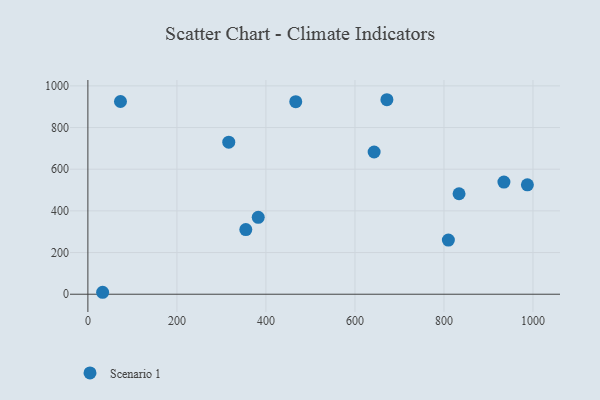
{"axis": {"x": "Study Hours", "y": "Demand"}, "legend": ["Scenario 1"], "data": [{"x": "934.7", "y": 538.1, "type": "Scenario 1"}, {"x": "73.2", "y": 924.9, "type": "Scenario 1"}, {"x": "643.1", "y": 682.6, "type": "Scenario 1"}, {"x": "809.9", "y": 259.9, "type": "Scenario 1"}, {"x": "354.8", "y": 310.5, "type": "Scenario 1"}, {"x": "33.1", "y": 9.4, "type": "Scenario 1"}, {"x": "833.9", "y": 482.3, "type": "Scenario 1"}, {"x": "382.7", "y": 369.1, "type": "Scenario 1"}, {"x": "671.8", "y": 933.5, "type": "Scenario 1"}, {"x": "987.4", "y": 525.0, "type": "Scenario 1"}, {"x": "316.5", "y": 729.8, "type": "Scenario 1"}, {"x": "467.0", "y": 924.1, "type": "Scenario 1"}]}